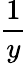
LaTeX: \frac{1}{y}